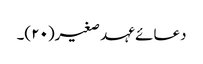
دعائے عہد صغیر(۲۰)۔